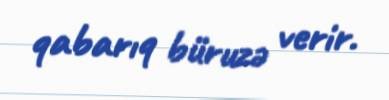
qabarıq büruzə verir.